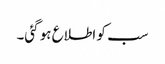
سب کو اطلاع ہو گئی۔